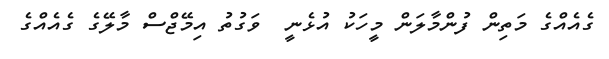
ގެއެއްގެ މަތިން ފުންމާލަން މީހަކު އުޅެނީ  ވަގުތު އިމޭޖްސް މާލޭގެ ގެއެއްގެ